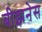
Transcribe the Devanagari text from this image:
बीझनेस